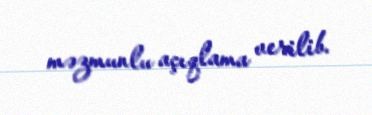
məzmunlu açıqlama verilib.